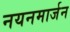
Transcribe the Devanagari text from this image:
नयनमार्जन